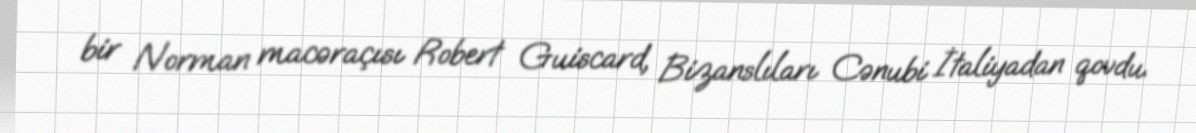
bir Norman macəraçısı Robert Guiscard, Bizanslıları Cənubi İtaliyadan qovdu.